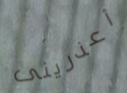
أعذرينى